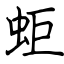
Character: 蚷